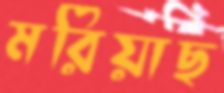
মরিয়াছ